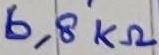
Text: 6,8KΩ